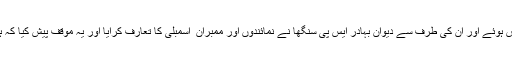
چنانچہ پنجاب کی مسیحی برادری کے نمائندے وہاں پیش ہوئے اور ان کی طرف سے دیوان بہادر ایس پی سنگھا نے نمائندوں اور ممبران ِ اسمبلی کا تعارف کرایا اور یہ موقف پیش کیا کہ ہم اپنے مستقبل کو پاکستان میں زیادہ روشن دیکھتے ہیں۔